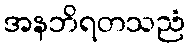
အနဘိရတသညံ